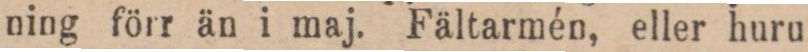
ning förr än i maj. Fältarmén, eller huru